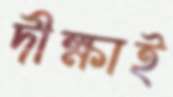
দীক্ষাই